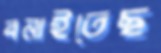
বনাইতেছ